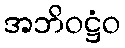
အဘိဝဋ္ဌံဝ